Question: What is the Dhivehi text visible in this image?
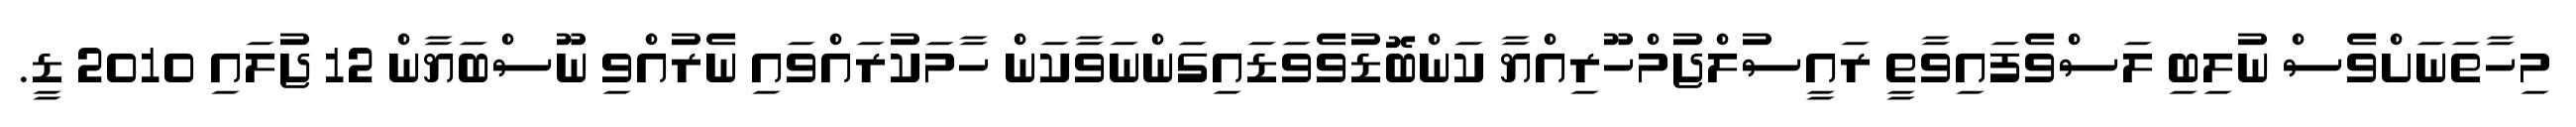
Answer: މިހާތަނަށްވެސް ނުލިބި ލަސްވެފައިވާތީ ރައީސުލްޖުމްހޫރިއްޔާ ކަންބޮޑުވެވަޑައިގަންނަވާކަން ހާމަކުރައްވައި ނެރުއްވި ނޫސްބަޔާން 12 ޖުލައި 2010 ޑީ.